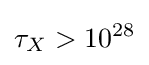
\tau _{X}>10^{28}